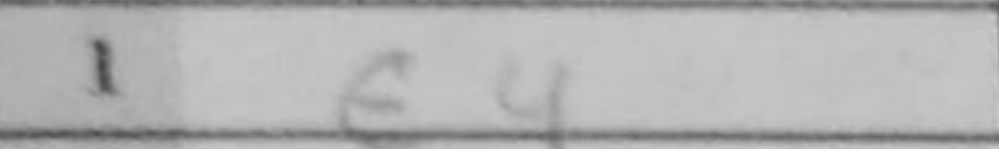
Transcription: e4